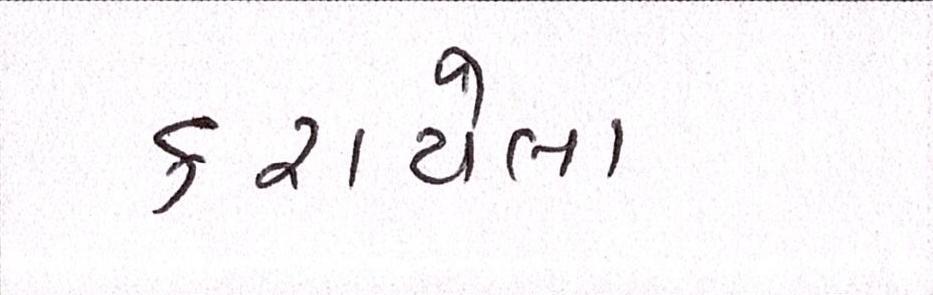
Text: કરાયેલા